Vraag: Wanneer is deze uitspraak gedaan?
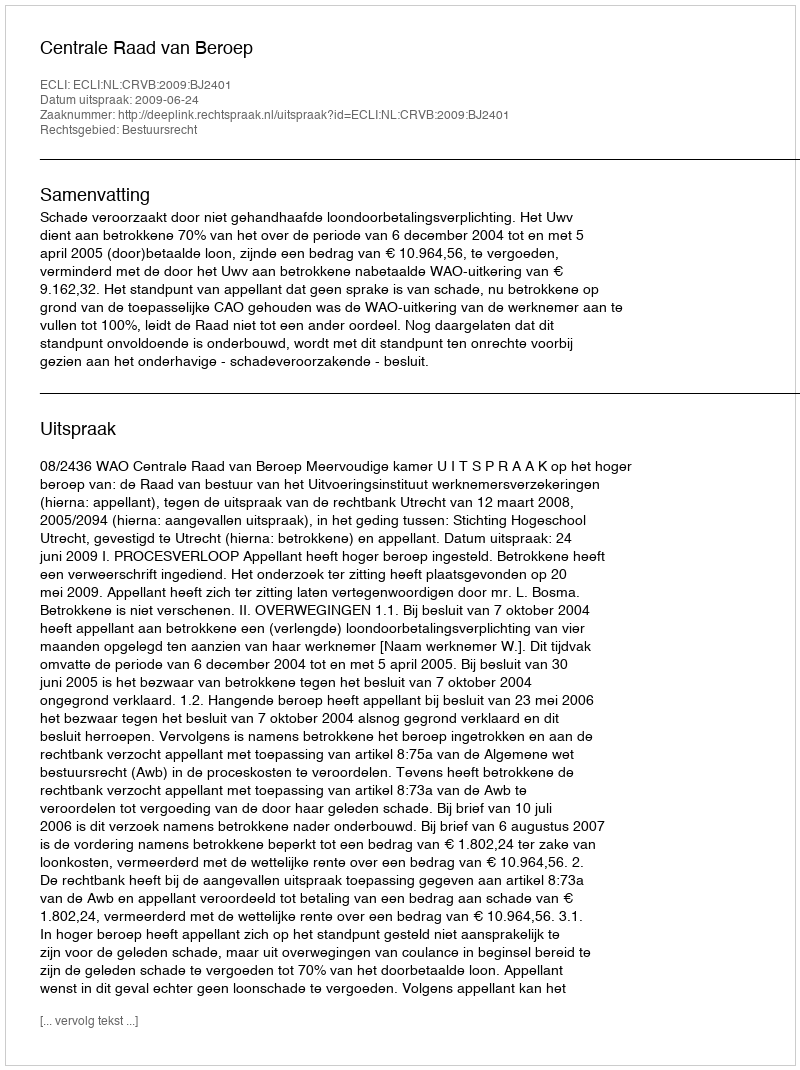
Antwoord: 2009-06-24